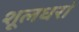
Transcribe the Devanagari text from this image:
शूलधरां